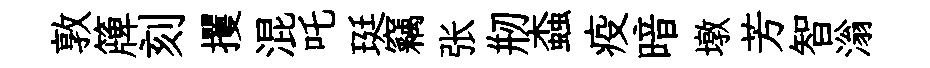
敦簰刻攫混吒珽竊张剏螙疫暗墩芳智滃